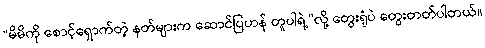
“မိမိကို စောင့်ရှောက်တဲ့ နတ်များက ဆောင်ပြဟန် တူပါရဲ့”လို့ တွေးရုံပဲ တွေးတတ်ပါတယ်။